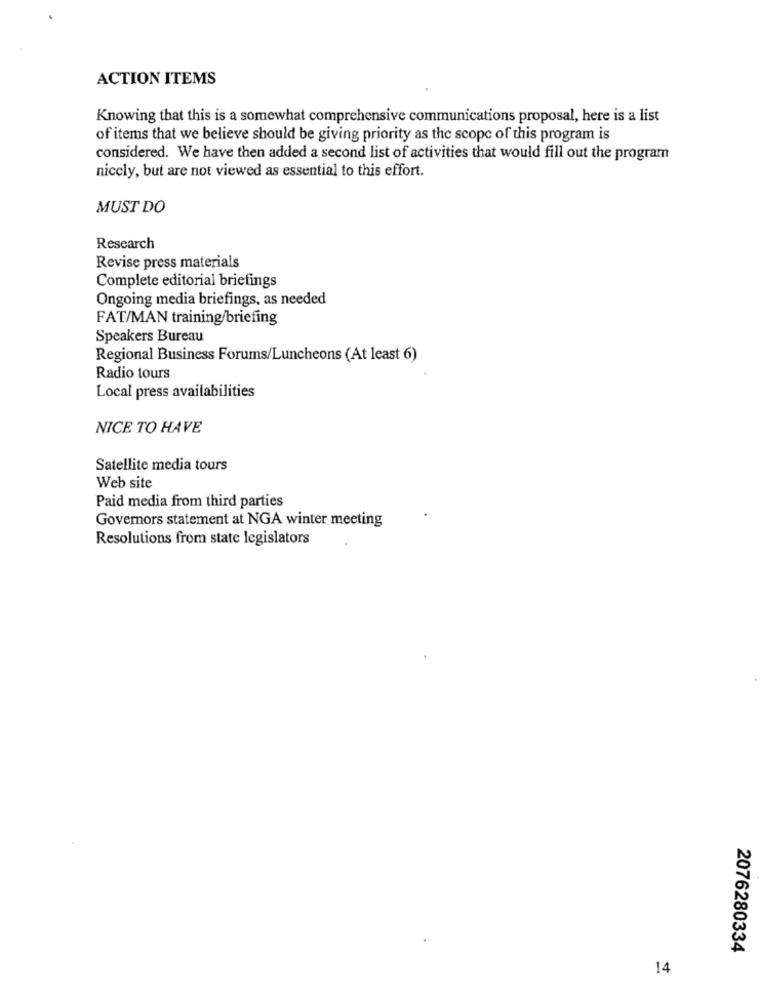
ACTION ITEMS
Knowing that this is a somewhat comprehensive communications proposal, here is a list
of items that we believe should be giving priority as the scope of this program is
considered. We have then added a second list of activities that would fill out the program
niccly, but are not viewed as essential to this effort.
MUST DO
Research
Revise press materials
Complete editorial briefings
Ongoing media briefings, as needed
FAT/MAN training/briefing
Speakers Bureau
Regional Business Forums/Luncheons (At least 6)
Radio tours
Local press availabilities
NICE TO HAVE
Satellite media tours
Web site
Paid media from third parties
Governors statement at NGA winter meeting
Resolutions from state legislators
2076280334
14